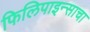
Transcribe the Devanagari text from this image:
फिलिपाइन्साचा